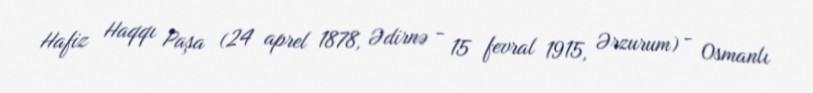
Hafiz Haqqı Paşa (24 aprel 1878, Ədirnə - 15 fevral 1915, Ərzurum) - Osmanlı